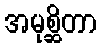
အမုစ္ဆိတာ